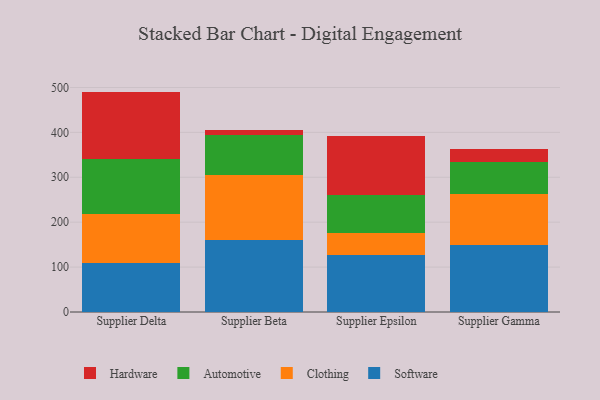
{"axis": {"x": "Supplier", "y": "Temperature (°C)"}, "legend": ["Automotive", "Clothing", "Hardware", "Software"], "data": [{"x": "Supplier Delta", "y": 109.2, "type": "Software"}, {"x": "Supplier Delta", "y": 109.5, "type": "Clothing"}, {"x": "Supplier Delta", "y": 123.1, "type": "Automotive"}, {"x": "Supplier Delta", "y": 149.0, "type": "Hardware"}, {"x": "Supplier Beta", "y": 160.5, "type": "Software"}, {"x": "Supplier Beta", "y": 144.8, "type": "Clothing"}, {"x": "Supplier Beta", "y": 88.5, "type": "Automotive"}, {"x": "Supplier Beta", "y": 12.4, "type": "Hardware"}, {"x": "Supplier Epsilon", "y": 127.7, "type": "Software"}, {"x": "Supplier Epsilon", "y": 48.9, "type": "Clothing"}, {"x": "Supplier Epsilon", "y": 83.6, "type": "Automotive"}, {"x": "Supplier Epsilon", "y": 132.1, "type": "Hardware"}, {"x": "Supplier Gamma", "y": 149.5, "type": "Software"}, {"x": "Supplier Gamma", "y": 113.2, "type": "Clothing"}, {"x": "Supplier Gamma", "y": 70.3, "type": "Automotive"}, {"x": "Supplier Gamma", "y": 29.4, "type": "Hardware"}]}